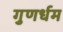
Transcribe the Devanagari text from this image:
गुणर्धम